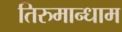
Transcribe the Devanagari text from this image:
तिरुमान्धाम